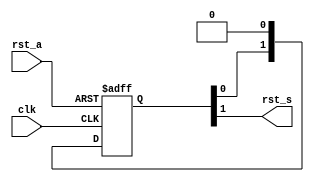
//----------------------------------------------------------------------------
// Copyright (C) 2009 , Olivier Girard
//
// Redistribution and use in source and binary forms, with or without
// modification, are permitted provided that the following conditions
// are met:
//     * Redistributions of source code must retain the above copyright
//       notice, this list of conditions and the following disclaimer.
//     * Redistributions in binary form must reproduce the above copyright
//       notice, this list of conditions and the following disclaimer in the
//       documentation and/or other materials provided with the distribution.
//     * Neither the name of the authors nor the names of its contributors
//       may be used to endorse or promote products derived from this software
//       without specific prior written permission.
//
// THIS SOFTWARE IS PROVIDED BY THE COPYRIGHT HOLDERS AND CONTRIBUTORS "AS IS"
// AND ANY EXPRESS OR IMPLIED WARRANTIES, INCLUDING, BUT NOT LIMITED TO, THE
// IMPLIED WARRANTIES OF MERCHANTABILITY AND FITNESS FOR A PARTICULAR PURPOSE
// ARE DISCLAIMED. IN NO EVENT SHALL THE COPYRIGHT HOLDER OR CONTRIBUTORS BE
// LIABLE FOR ANY DIRECT, INDIRECT, INCIDENTAL, SPECIAL, EXEMPLARY,
// OR CONSEQUENTIAL DAMAGES (INCLUDING, BUT NOT LIMITED TO, PROCUREMENT OF
// SUBSTITUTE GOODS OR SERVICES; LOSS OF USE, DATA, OR PROFITS; OR BUSINESS
// INTERRUPTION) HOWEVER CAUSED AND ON ANY THEORY OF LIABILITY, WHETHER IN
// CONTRACT, STRICT LIABILITY, OR TORT (INCLUDING NEGLIGENCE OR OTHERWISE)
// ARISING IN ANY WAY OUT OF THE USE OF THIS SOFTWARE, EVEN IF ADVISED OF
// THE POSSIBILITY OF SUCH DAMAGE
//
//----------------------------------------------------------------------------
//
// *File Name: omsp_sync_reset.v
// 
// *Module Description:
//                       Generic reset synchronizer for the openMSP430
//
// *Author(s):
//              - Olivier Girard,    olgirard@gmail.com
//
//----------------------------------------------------------------------------
// $Rev: 103 $
// $LastChangedBy: olivier.girard $
// $LastChangedDate: 2011-03-05 15:44:48 +0100 (Sat, 05 Mar 2011) $
//----------------------------------------------------------------------------

module  omsp_sync_reset (

// OUTPUTs
    rst_s,                        // Synchronized reset

// INPUTs
    clk,                          // Receiving clock
    rst_a                         // Asynchronous reset
);

// OUTPUTs
//=========
output              rst_s;        // Synchronized reset

// INPUTs
//=========
input               clk;          // Receiving clock
input               rst_a;        // Asynchronous reset


//=============================================================================
// 1)  SYNCHRONIZER
//=============================================================================

reg    [1:0] data_sync;

// NOTE: the rst_a signal seems to glitch sometimes in iverilog (??)

//======================================================================
// NOTE (Sergio): In the openMSP430 upstream the sync_reset is
// triggered also by the 'rst_a'; in this way it never glitches, and
// I think it's important to have the reset as soon as you can,
// otherwise the dma could not feel it on the first clock active edge
// and, therefore, do an unwanted access which is even NOT felt by the mem itself

//`ifdef __SANCUS_SIM
//always @(posedge clk)
//`else
always @(posedge clk or posedge rst_a)
//`endif
  if (rst_a) data_sync <=  2'b11;
  else       data_sync <=  {data_sync[0], 1'b0};

assign       rst_s      =   data_sync[1];


endmodule // omsp_sync_reset